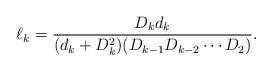
LaTeX: \begin{align*}\ell_k=\frac{D_kd_k}{(d_k+D_k^2)(D_{k-1}D_{k-2}\cdots D_2)}.\end{align*}